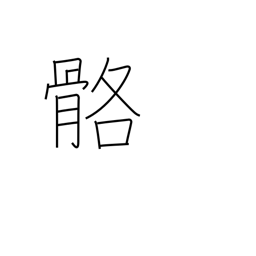
Meaning: bleached bones